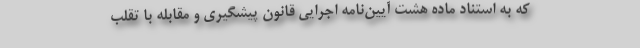
که به استناد ماده هشت آیین‌نامه اجرایی قانون پیشگیری و مقابله با تقلب